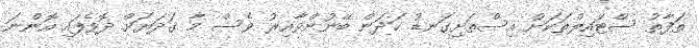
ތަފާތު ސްޓައިލްތަކަށް އިސްތަށިގަނޑު ހަދަން ބޭނުންވާއިރު ވެސް މާ ގަދަޔަށް ދޮވެފައި އޮންނަ